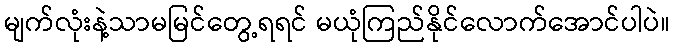
မျက်လုံးနဲ့သာမမြင်တွေ့ရရင် မယုံကြည်နိုင်လောက်အောင်ပါပဲ။